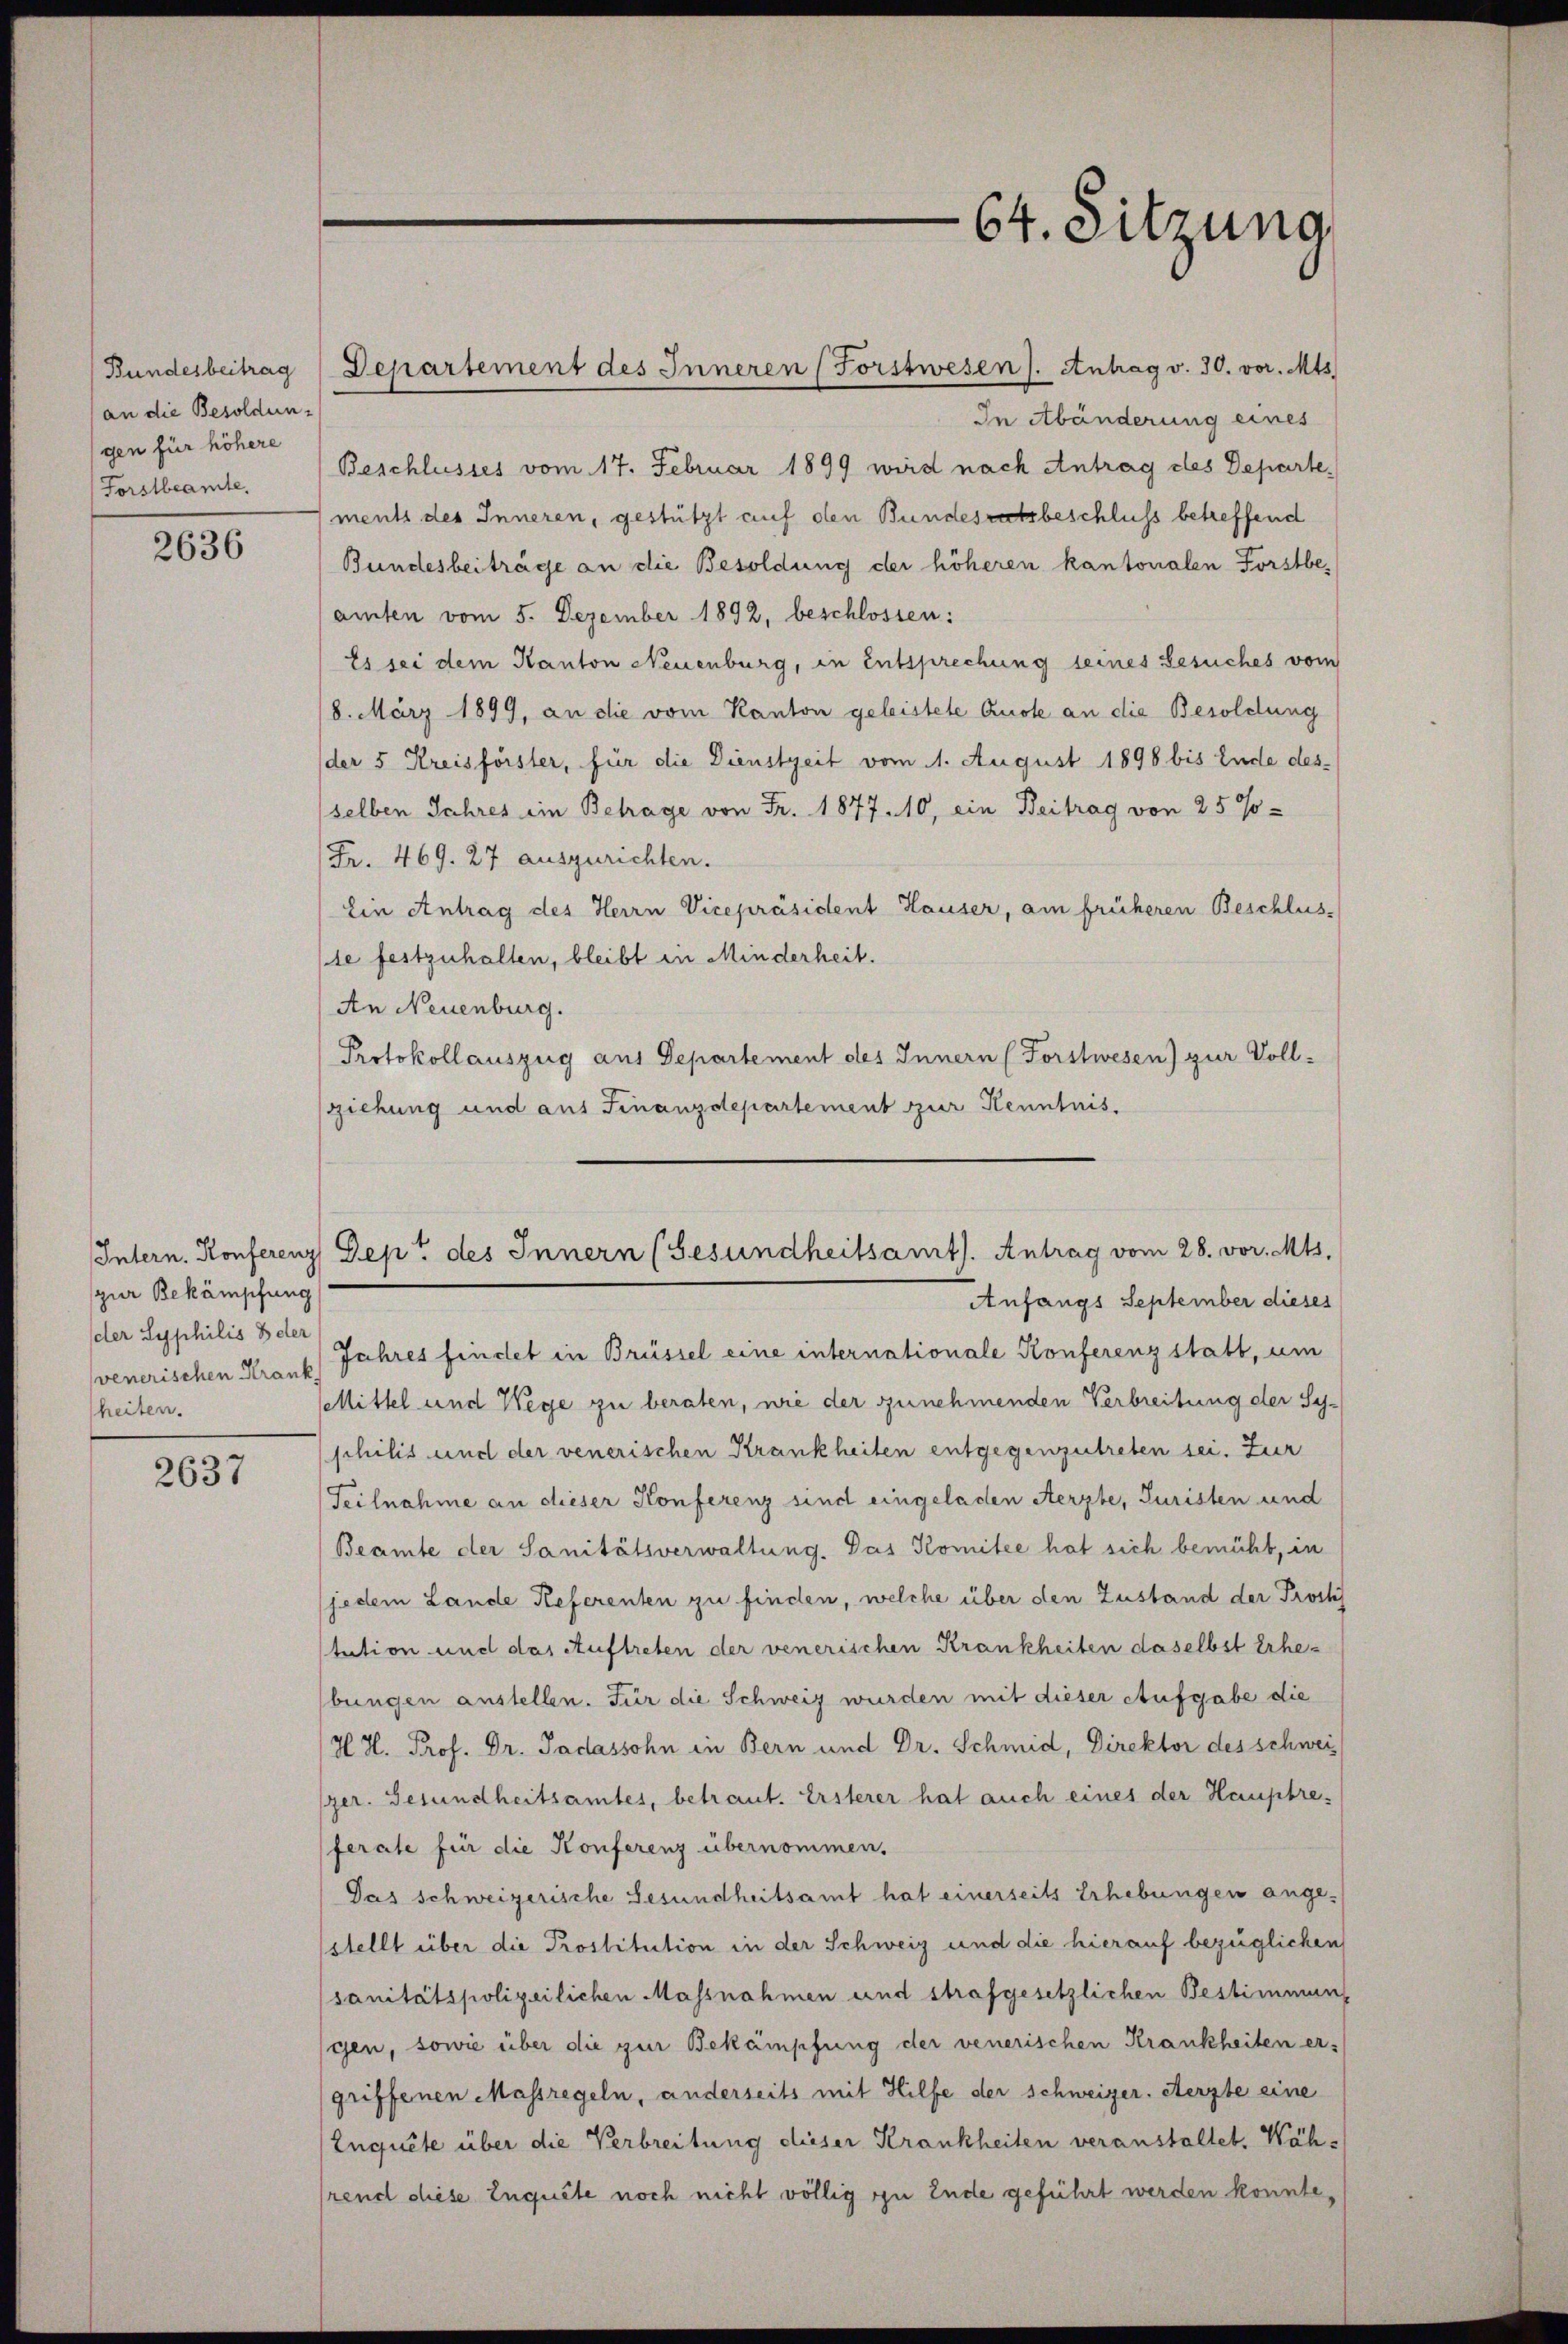
(an die Besoldungen für höhere
Forstbeamte.

2636

pner Bekämpfung
der Syphilis der
heiten.

2637

In Abänderung eines
ments des Inneren, gestützt auf den Bundesratsbeschluss betreffend
Bundesbeiträge an die Besoldung der höheren kantonalen Forstbe-
amten vom 5. Dezember 1892, beschlossen:
Es sei dem Kanton Neuenburg, in entsprechung seines Gesuches vom
8. März 1899, an die vom Kanton geleistete Ausse an die Besoldung
der 5 Kreisförster, für die Dienstzeit vom 1. August 1898 bis Ende des-
selben Jahres ein Betrage von Fr. 1877. 10, ein Beitrag von 25 Jo-
Fr. 469. 27 auszurichten.
Ein Antrag des Herrn Vicepräsident Hauser, am früheren Beschlus-
se festzuhalten, bleibt in Minderheit.
An Neuenburg.
Protokollauszug aus Departement des Innern (Forstwesen) zur Voll-
sziehung und aus Finanzdepartement zur Kenntnis.

Beschlusses vom 17. Februar 1899 wird nach Antrag des Departe¬

Bundesbeitrag Departement des Inneren (Forstwesen). Antrag v. 30. vor. Mts.

64. Sitzung

Intern. Konferenz Dept des Innern (Gesundheitsamt. Antrag vom 28. vor. Mts.

Anfangs September dieses
venerischen Krank, Jahres findet in Brüssel eine internationale Konferenz statt, um
Mittel und Wege zu beraten, wie der zunehmenden Verbreitung der Sy-
philis und der venerischen Krankheiten entgegenzutreten sei. Zur
Teilnahme an dieser Konferenz sind eingeladen Aerzte, Juristen und
Beamte der Sanitätsverwaltung. Das Komitee hat sich bemüht, in
jedem Lande Referenten zu finden, welche über den Zustand der Proch
stution und das Auftreten der venerischen Krankheiten daselbst Erhebungen anstellen. Für die Schweiz wurden mit dieser Aufgabe die
H. H. Prof. Dr. Jadassohn in Bern und Dr. Schmid, Direktor des schwei
ger. Gesundheitsamtes, betraut. Ersterer hat auch eines der Hauptreferate für die Konferenz übernommen.
Das schweizerische Gesundheitsamt hat einerseits Erhebungen angestellt über die Prostitution in der Schweiz und die hierauf bezüglichen
(sanitätspolizeilichen Massnahmen und strafgesetzlichen Bestimmung
gen, sowie über die zur Bekämpfung der venerischen Krankheiten ergriffenen Massregeln, anderseits mit Hilfe der Schweizer. Aerzte eine
Enquete über die Verbreitung dieser Krankheiten veranstaltet. Während diese Inquite noch nicht völlig zu Ende geführt werden konnte,